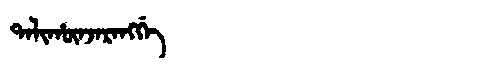
Manchu: ᡨᠠᠯᡳᡥᡡᠨᠵᠠᡵᠠᠩᡤᡝ
Romanization: TALIHŪNJARANGGE